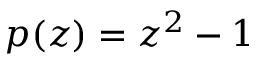
p ( z ) = z ^ { 2 } - 1